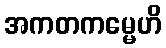
အကတကမ္မေဟိ